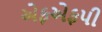
એફએફપી